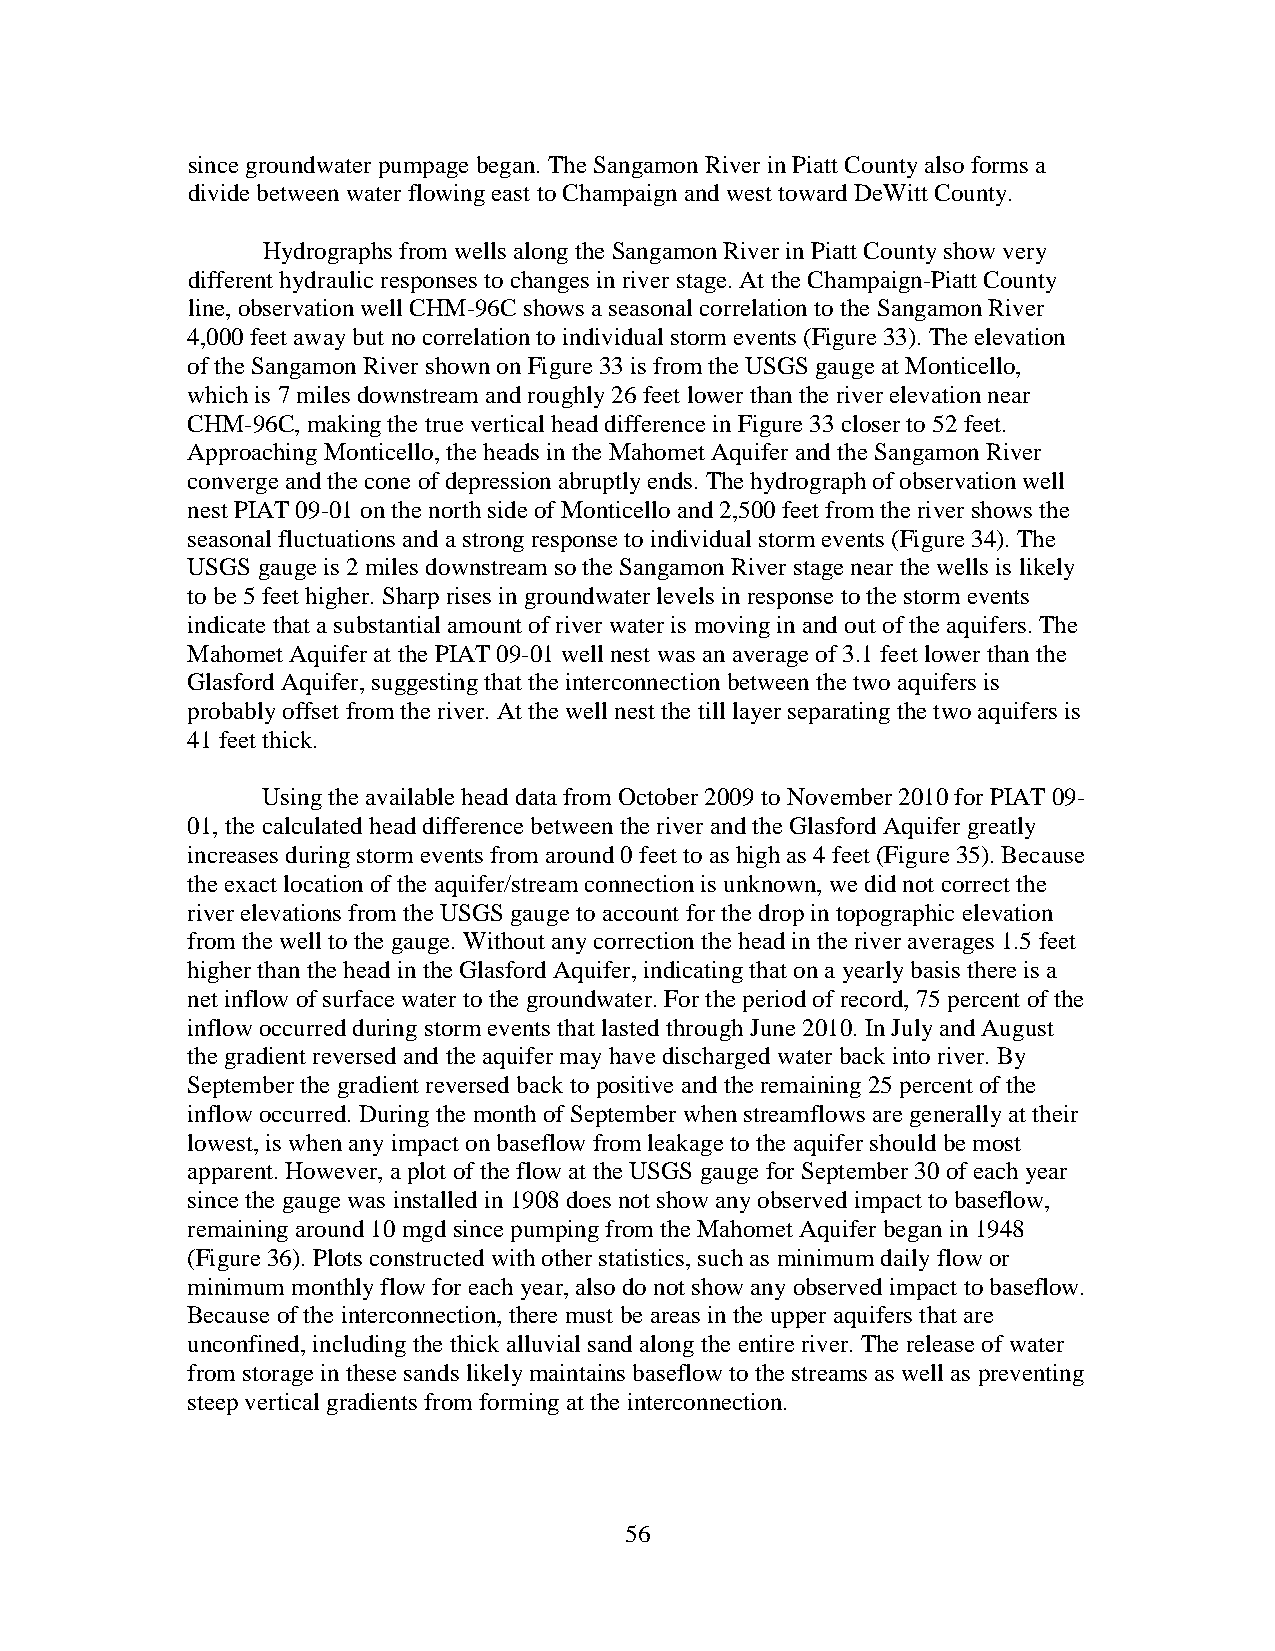
since groundwater pumpage began. The Sangamon River in Piatt County also forms a
 divide between water flowing east to Champaign and west toward DeWitt County.
 Hydrographs from wells along the Sangamon River in Piatt County show very
 different hydraulic responses to changes in river stage. At the Champaign-Piatt County
 line, observation well CHM-96C shows a seasonal correlation to the Sangamon River
 4,000 feet away but no correlation to individual storm events (Figure 33). The elevation
 of the Sangamon River shown on Figure 33 is from the USGS gauge at Monticello,
 which is 7 miles downstream and roughly 26 feet lower than the river elevation near
 CHM-96C, making the true vertical head difference in Figure 33 closer to 52 feet.
 Approaching Monticello, the heads in the Mahomet Aquifer and the Sangamon River
 converge and the cone of depression abruptly ends. The hydrograph of observation well
 nest PIAT 09-01 on the north side of Monticello and 2,500 feet from the river shows the
 seasonal fluctuations and a strong response to individual storm events (Figure 34). The
 USGS gauge is 2 miles downstream so the Sangamon River stage near the wells is likely
 to be 5 feet higher. Sharp rises in groundwater levels in response to the storm events
 indicate that a substantial amount of river water is moving in and out of the aquifers. The
 Mahomet Aquifer at the PIAT 09-01 well nest was an average of 3.1 feet lower than the
 Glasford Aquifer, suggesting that the interconnection between the two aquifers is
 probably offset from the river. At the well nest the till layer separating the two aquifers is
 41 feet thick.
 Using the available head data from October 2009 to November 2010 for PIAT 09-
 01, the calculated head difference between the river and the Glasford Aquifer greatly
 increases during storm events from around 0 feet to as high as 4 feet (Figure 35). Because
 the exact location of the aquifer/stream connection is unknown, we did not correct the
 river elevations from the USGS gauge to account for the drop in topographic elevation
 from the well to the gauge. Without any correction the head in the river averages 1.5 feet
 higher than the head in the Glasford Aquifer, indicating that on a yearly basis there is a
 net inflow of surface water to the groundwater. For the period of record, 75 percent of the
 inflow occurred during storm events that lasted through June 2010. In July and August
 the gradient reversed and the aquifer may have discharged water back into river. By
 September the gradient reversed back to positive and the remaining 25 percent of the
 inflow occurred. During the month of September when streamflows are generally at their
 lowest, is when any impact on baseflow from leakage to the aquifer should be most
 apparent. However, a plot of the flow at the USGS gauge for September 30 of each year
 since the gauge was installed in 1908 does not show any observed impact to baseflow,
 remaining around 10 mgd since pumping from the Mahomet Aquifer began in 1948
 (Figure 36). Plots constructed with other statistics, such as minimum daily flow or
 minimum monthly flow for each year, also do not show any observed impact to baseflow.
 Because of the interconnection, there must be areas in the upper aquifers that are
 unconfined, including the thick alluvial sand along the entire river. The release of water
 from storage in these sands likely maintains baseflow to the streams as well as preventing
 steep vertical gradients from forming at the interconnection.
 56